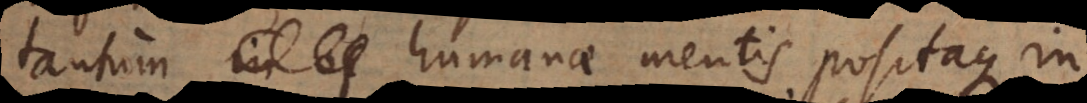
tantum humanae mentis positaque in